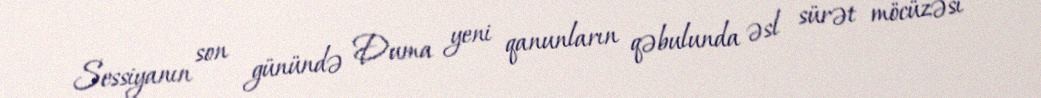
Sessiyanın son günündə Duma yeni qanunların qəbulunda əsl sürət möcüzəsi